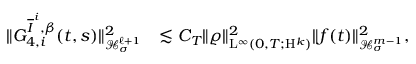
\begin{array} { r l } { \Vert G _ { 4 , i } ^ { \overline { { I } } ^ { i } , \beta } ( t , s ) \Vert _ { \mathcal { H } _ { \sigma } ^ { \ell + 1 } } ^ { 2 } } & { \lesssim C _ { T } \Vert \varrho \Vert _ { \mathrm { L } ^ { \infty } ( 0 , T ; \mathrm { H } ^ { k } ) } ^ { 2 } \Vert f ( t ) \Vert _ { \mathcal { H } _ { \sigma } ^ { m - 1 } } ^ { 2 } , } \end{array}